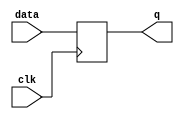
module sequential_logic_block (
    input clk,
    input data,
    output reg q
);

always @ (negedge clk) begin
    q <= data;
end

endmodule